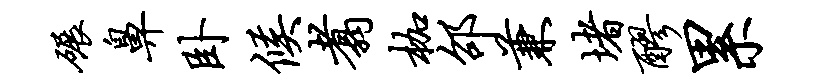
碾鼻卧候翥枷邵兼堵醪累